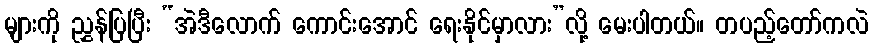
များကို ညွှန်ပြပြီး “အဲဒီလောက် ကောင်းအောင် ရေးနိုင်မှာလား”လို့ မေးပါတယ်။ တပည့်တော်ကလဲ